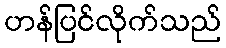
ဟန်ပြင်လိုက်သည်